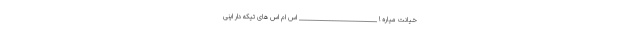
خیانت میاره ! __________________________ اس ام اس های تیکه دار اینی